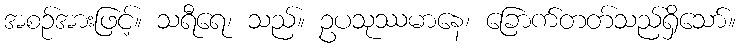
အစဉ်အားဖြင့်။ သရီရေ၊ သည်။ ဥပသုဿမာနေ၊ ခြောက်တတ်သည်ရှိသော်။